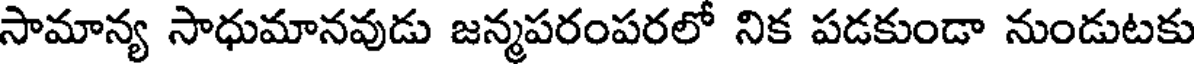
సామాన్య సాధుమానవుడు జన్మపరంపరలో నిక పడకుండా నుండుటకు